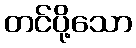
တင်ပို့သော